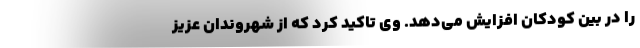
را در بین کودکان افزایش می‌دهد. وی تاکید کرد که از شهروندان عزیز